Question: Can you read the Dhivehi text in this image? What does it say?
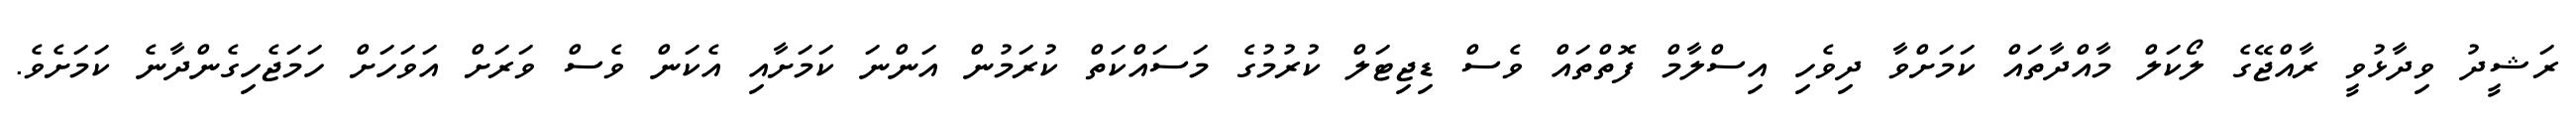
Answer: ރަޝީދު ވިދާޅުވީ ރާއްޖޭގެ ލޯކަލް މާއްދާތައް ކަމަށްވާ ދިވެހި އިސްލާމް ފޮތްތައް ވެސް ޑިޖިޓަލް ކުރުމުގެ މަސައްކަތް ކުރަމުން އަންނަ ކަމަށާއި އެކަން ވެސް ވަރަށް އަވަހަށް ހަމަޖެހިގެންދާނެ ކަމަށެވެ.